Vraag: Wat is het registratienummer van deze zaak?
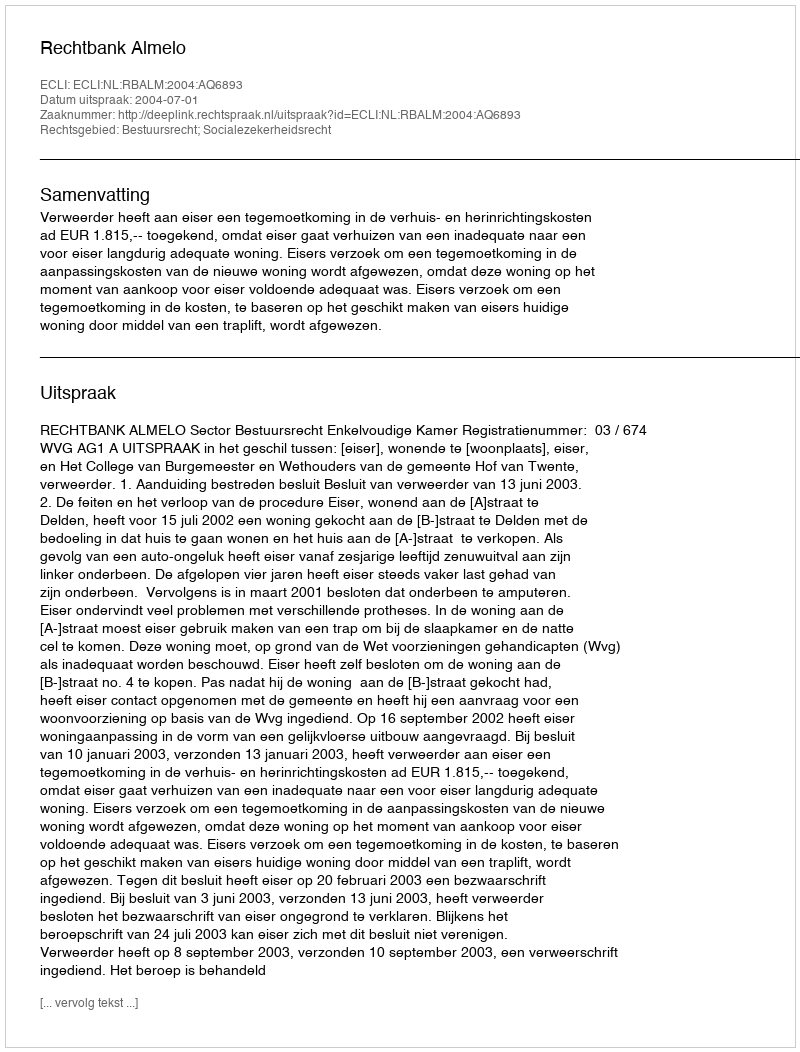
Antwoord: http://deeplink.rechtspraak.nl/uitspraak?id=ECLI:NL:RBALM:2004:AQ6893